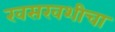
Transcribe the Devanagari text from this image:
खसखशीचा